Bombay plague: being a history of the progress of plague in the Bombay presidency from September 1896 to June 1899
Year: 1896
Disease focus: Plague
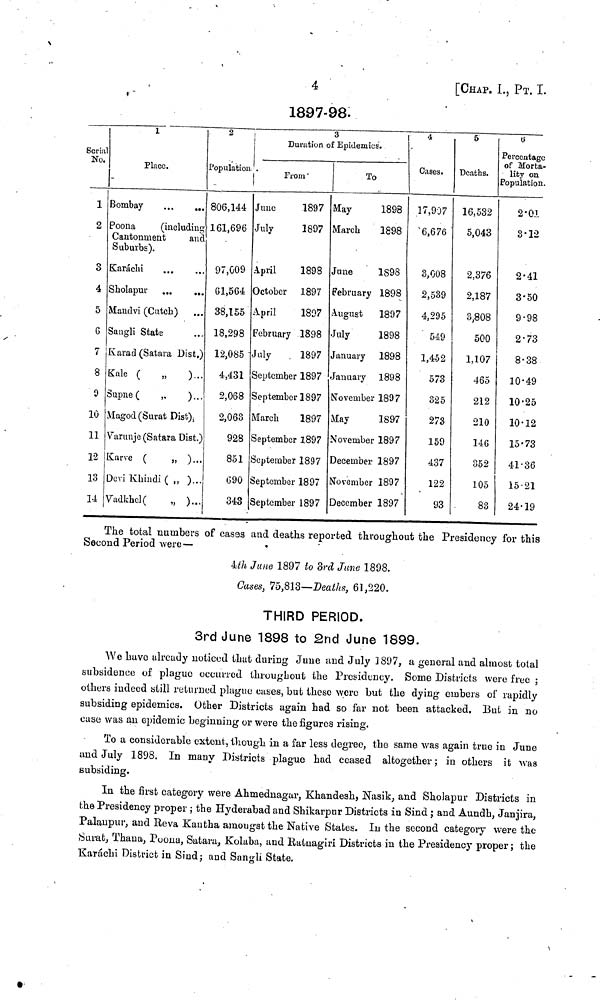
4
[CHAP. I., ΡT. Ι.
Serial
No.
1
2
3
4
5
6
7
8
9
l0
11
12
13
14
1
Place.
Bombay
Poona
(including
Cantonment
and
Suburbs).
Karachi
Sholapur ...
...
Maudvi (Cutch) ...
Sangli State ...
Κarad (Satara Dist.)
Kale (
„
)...
Supne(
,,
)...
Magod (Surat Dist),
Varunje (Satara Dist.)
Karve (
„ )...
Devi Khindi ( ,, )...
Vadkhel (
„ )...
2
Population
806,144
161,696
97,009
61,564
38,155
18,298
12,085
4,431
2,068
2,068
928
851
690
343
1897-98.
3
Duration of Epidemics.
From
June
1897
July
1897
April
1898
October 1897
April
1897
February 1898
July
1897
September 1897
September 1897
March
1897
September 1897
September 1897
September 1897
September 1897
To
May
1898
March
1898
June
1898
February 1898
August 1897
July
1898
January 1898
January 1898
November 1807
May
1897
November 1897
December 1897
November 1897
December 1897
4
Cases.
17,907
6,676
3,008
2,539
4,295
549
1,452
573
325
273
159
437
122
93
5
Deaths.
16,532
5,043
2,376
2,187
3,808
500
1,107
465
212
210
146
352
105
83
6
Percentage
of Morta-
lity on
Population.
2.01
3.12
2.41
3.50
9.98
2.73
8.38
10.49
10.25
10.12
15.73
41.36
15.21
24.19
The total numbers of cases and deaths reported throughout the Presidency for this
Second Period were—
4th June 1897 to 3rd June 1898.
Cases, 75,813—Deaths, 61,220.
THIRD PERIOD.
3rd June 1898 to 2nd June 1899.
We have already noticed that during June and July 1897, a general and almost total
subsidence of plague occurred throughout the Presidency. Some Districts were free ;
others indeed still returned plague cases, but these were but the dying embers of rapidly
subsiding epidemics. Other Districts again had so far not been attacked. But in no
case was an epidemic beginning or were the figures rising.
To a considerable extent, though in a far less degree, the same was again true in June
and July 1898. In many Districts plague had ceased altogether; in others it was
subsiding.
In the first category were Ahmednagar, Khandesh, Nasik, and ShoJapur Districts in
the Presidency proper ; the Hyderabad and Shikarpur Districts in Sind ; and Aundh, Janjira,
Palaupur, and Reva Kantha amongst the Native States. In the second category were the
Surab, Thaua, Poona, Satara, Kolaba, and Ratuagiri Districts in the Presidency proper ; the
Karachi District in Sind; and Sangli State.